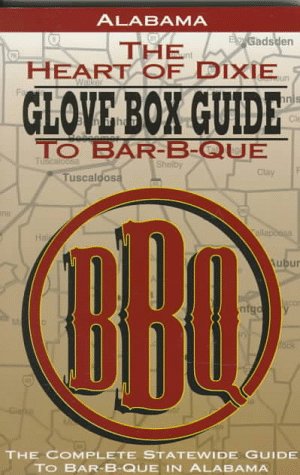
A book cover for Alabama the Heart of Dixie Glove Box Guide to Bar-B-Que (Glovebox Guide to Barbecue Series); Bbq Digest; Travel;